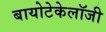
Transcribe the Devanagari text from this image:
बायोटेकेलॉजी